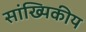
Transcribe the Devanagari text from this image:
सांख्‍यिकीय